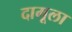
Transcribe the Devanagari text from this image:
दामूला